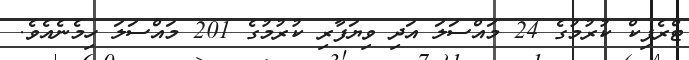
ޓްރެފިކް ކުރުމުގެ 24 މައްސަލަ އަދި ވިޔަފާރި ކުރުމުގެ 201 މައްސަލަ ހިމެނެއެވެ.